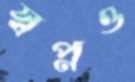
স্বপ্নও